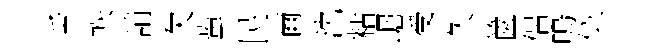
舌帙誚欠蛩民爾沈粘崛受久篋侶嗚似